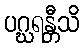
ပဂ္ဃရန္တီသိ